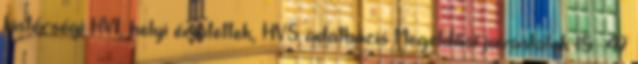
kistérségi HVI, helyi érintettek, HVS adatbázis Megoldási javaslatok 15 47